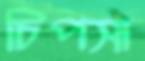
চিপসা